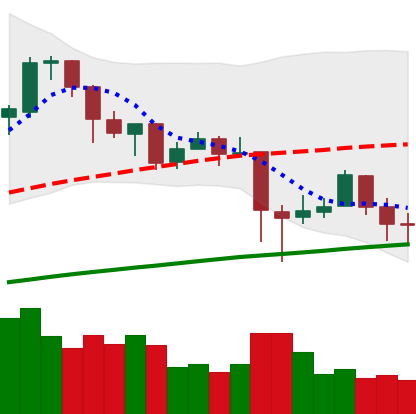
Ticker: BTC-USD
Chart end date: 2018-01-23
Forward return: 8.446%
Label: up_7plus